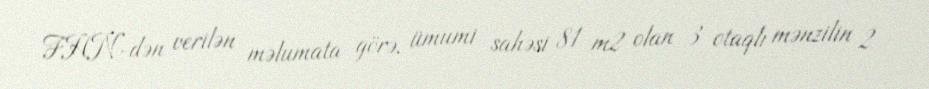
FHN-dən verilən məlumata görə, ümumi sahəsi 81 m2 olan 3 otaqlı mənzilin 2